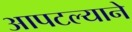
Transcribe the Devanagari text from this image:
आपटल्याने